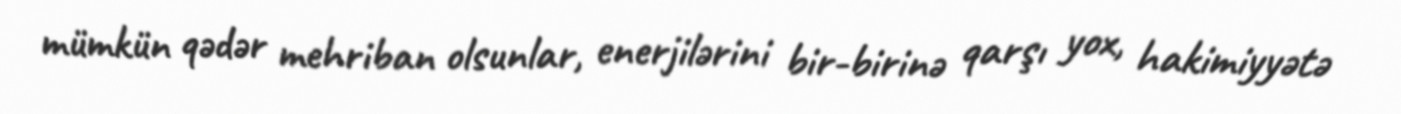
mümkün qədər mehriban olsunlar, enerjilərini bir-birinə qarşı yox, hakimiyyətə